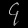
Digit: ၄